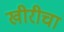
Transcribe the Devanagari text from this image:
खीरीचा